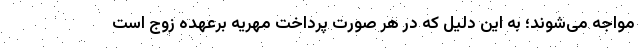
مواجه می‌شوند؛ به این دلیل که در هر صورت پرداخت مهریه برعهده زوج است